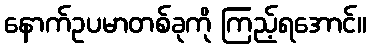
နောက်ဥပမာတစ်ခုကို ကြည့်ရအောင်။